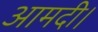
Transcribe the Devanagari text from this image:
आमदी।